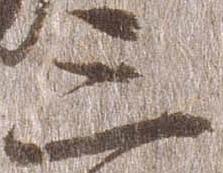
三